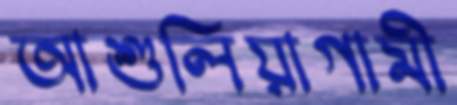
আশুলিয়াগামী